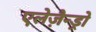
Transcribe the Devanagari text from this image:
एलेज़ैन्ड्रो